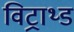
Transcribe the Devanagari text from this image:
विट्राथ्ड